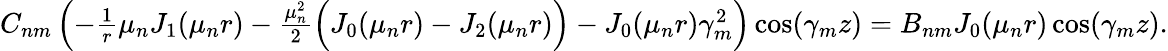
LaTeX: \begin{array}{r}{C_{nm}\left(-\frac{1}{r}\mu_{n}J_{1}(\mu_{n}r)-\frac{\mu_{n}^{2}}{2}\Big(J_{0}(\mu_{n}r)-J_{2}(\mu_{n}r)\Big)-J_{0}(\mu_{n}r)\gamma_{m}^{2}\right)\cos(\gamma_{m}z)=B_{nm}J_{0}(\mu_{n}r)\cos(\gamma_{m}z).}\end{array}